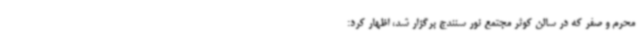
محرم و صفر که در سالن کوثر مجتمع نور سنندج برگزار شد، اظهار کرد: